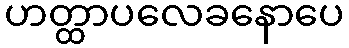
ဟတ္ထာပလေခနောပေ